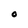
Character: O